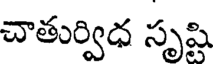
చాతుర్విధ సృష్టి